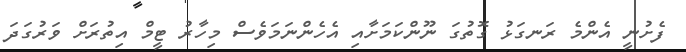
ފެށުނީ އެންމެ ރަނގަޅު ގޮތުގަ ނޫންކަމަށާއި އެހެންނަމަވެސް މިހާރު ޓީމް އިތުރަށް ވަރުގަދަ